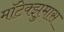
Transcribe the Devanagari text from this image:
मॉटेक्झुमास